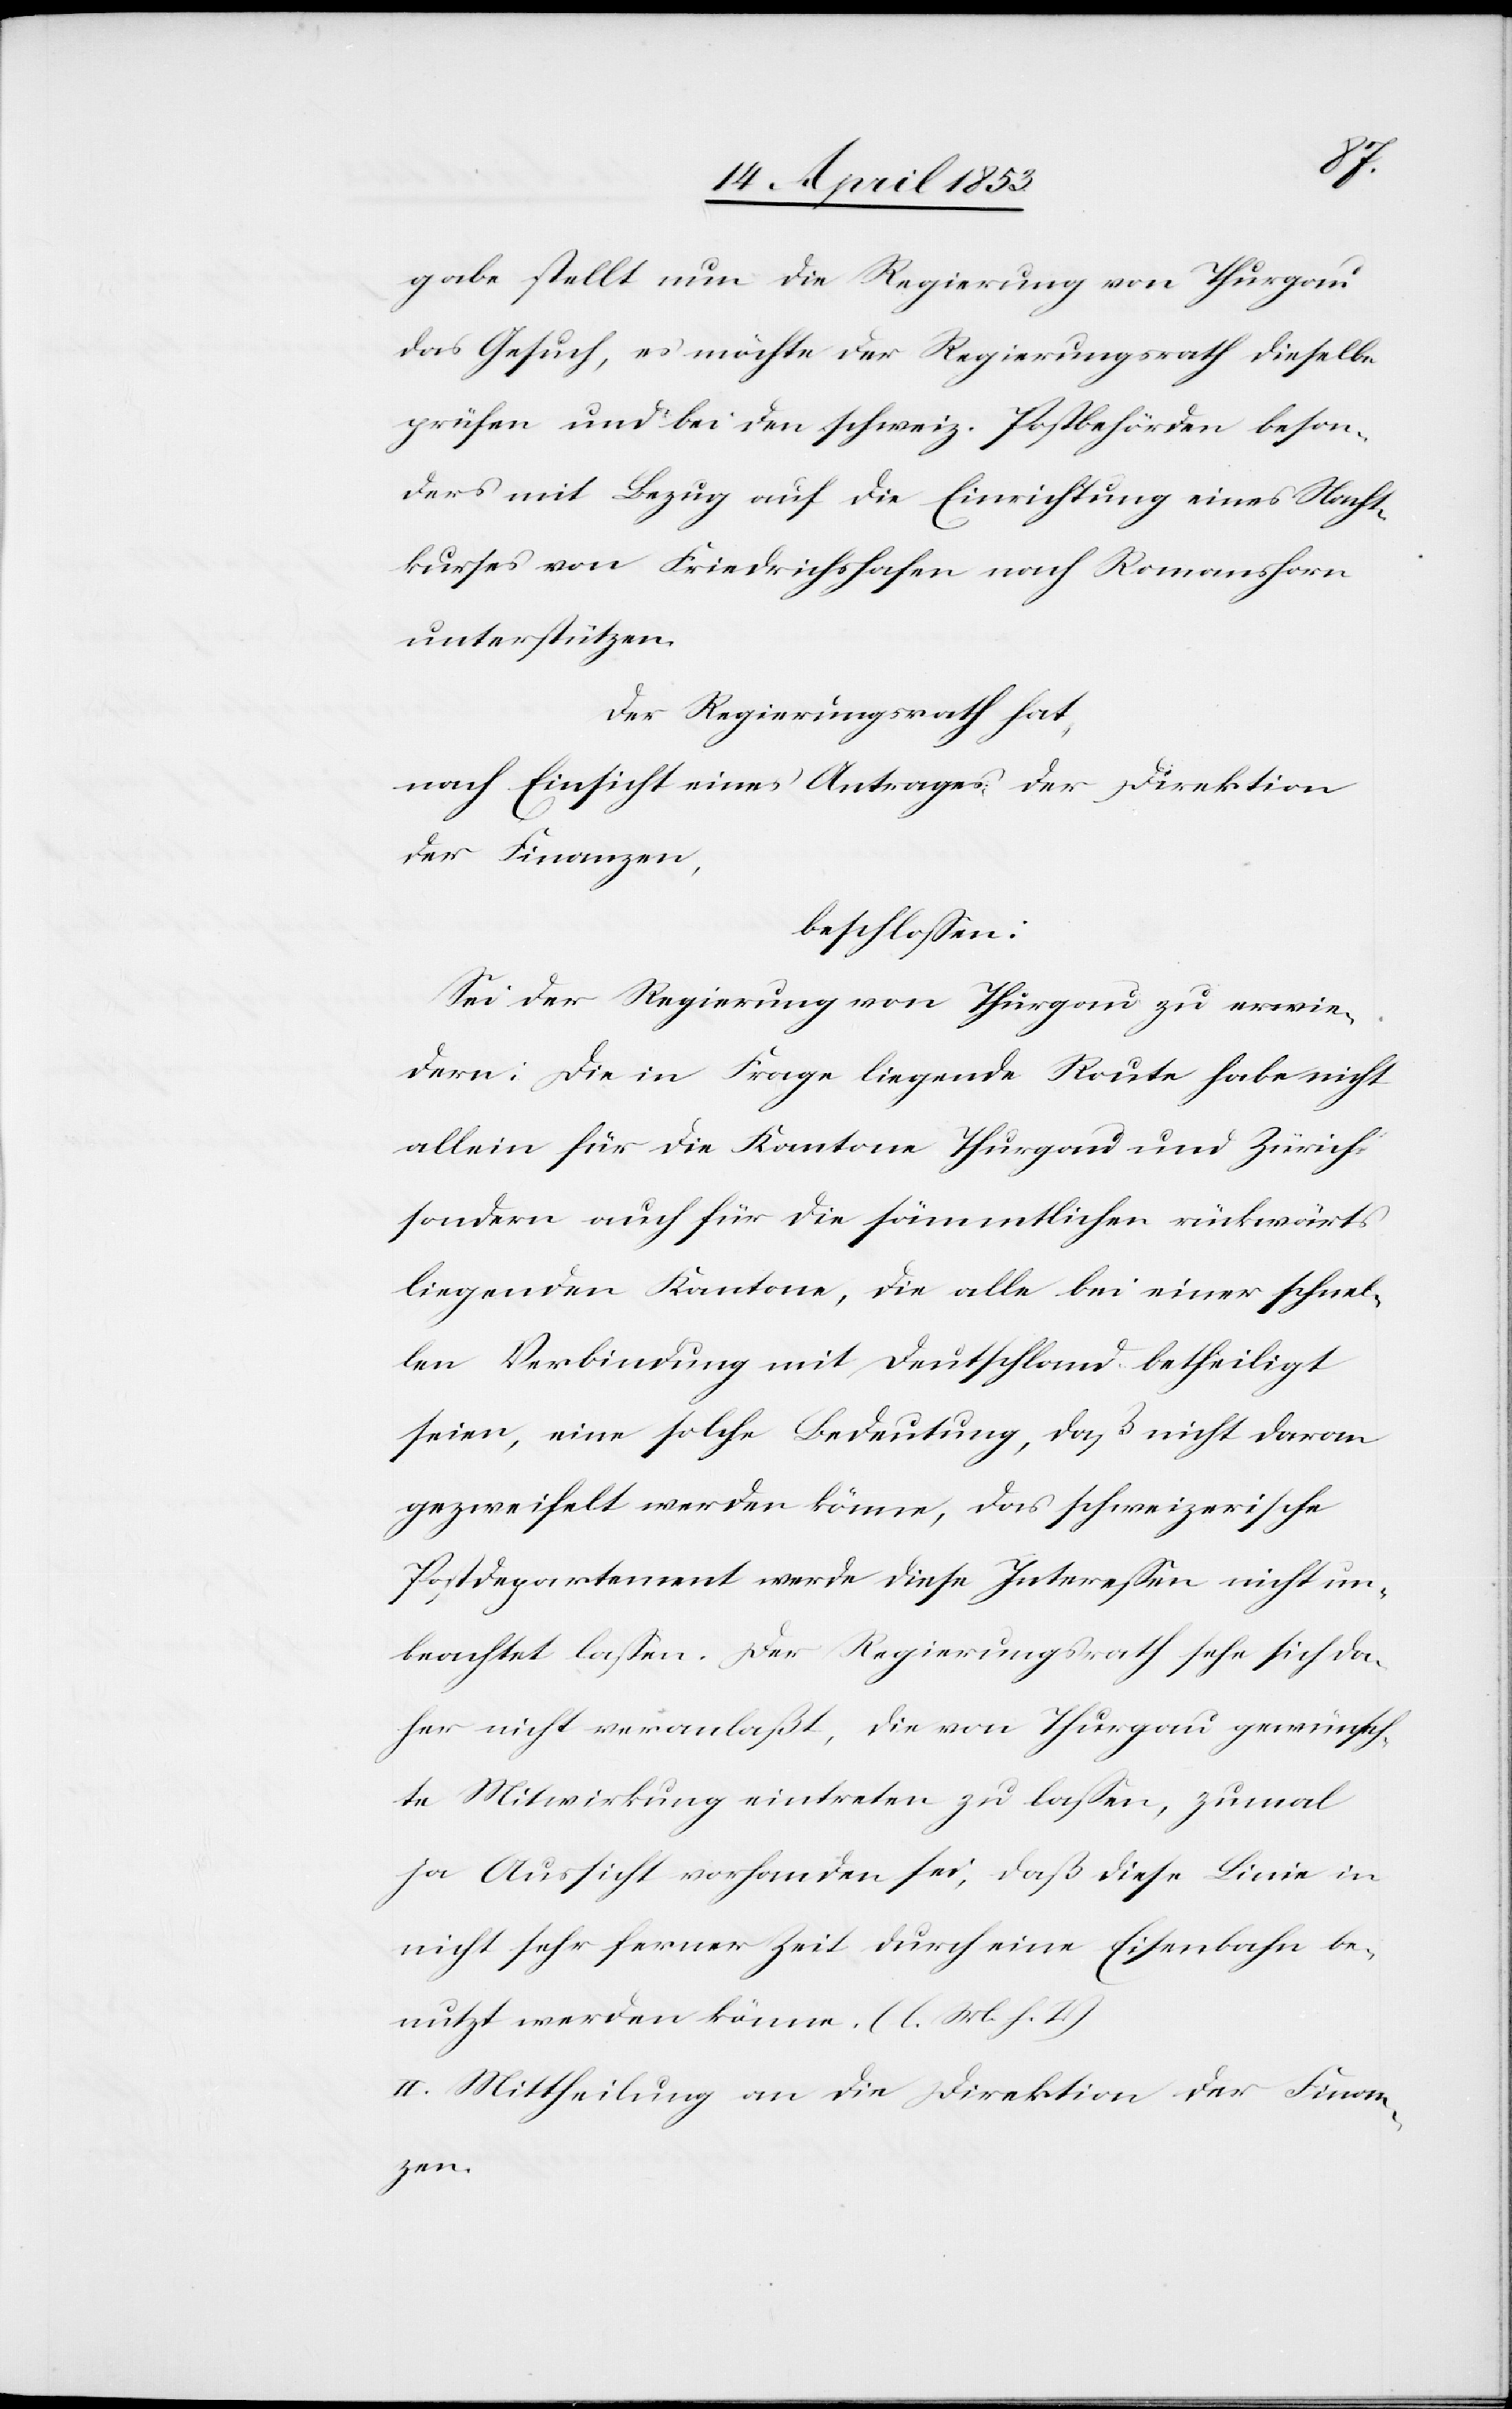
gabe stellt nun die Regierung von Thurgau
das Gesuch, es möchte der Regierungsrath dieselbe
prüfen und bei den schweiz. Postbehörden beson¬
ders mit Bezug auf die Einrichtung eines Nacht¬
kurses von Friedrichshafen nach Romanshorn
unterstützen.
Der Regierungsrath hat,
nach Einsicht eines Antrages der Direktion
der Finanzen,
beschloßen:
Sei der Regierung von Thurgau zu erwie¬
dern: Die in Frage liegende Route habe nicht
allein für die Kantone Thurgau und Zürich
sondern auch für die sämmtlichen rückwärts
liegenden Kantone, die alle bei einer schnel¬
len Verbindung mit Deutschland betheiligt
seien, eine solche Bedeutung, daß nicht daran
gezweifelt werden könne, das schweizerische
Postdepartement werde diese Intereßen nicht un¬
beachtet laßen. Der Regierungsrath sehe sich da¬
her nicht veranlaßt, die von Thurgau gewünsch¬
te Mitwirkung eintreten zu laßen, zumal
ja Aussicht vorhanden sei, daß diese Linie in
nicht sehr ferner Zeit durch eine Eisenbahn be¬
nutzt werden könne. [l. M. h. T]
II. Mittheilung an die Direktion der Finan¬
zen.